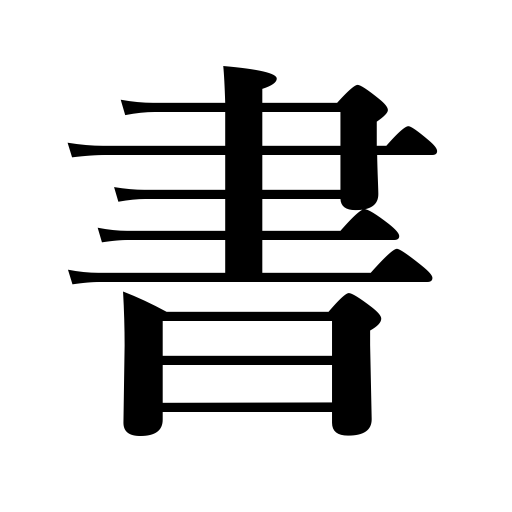
Meanings: paint,book,draw,letter,handwriting,note,compose,write